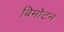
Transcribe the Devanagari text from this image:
बिमोटन